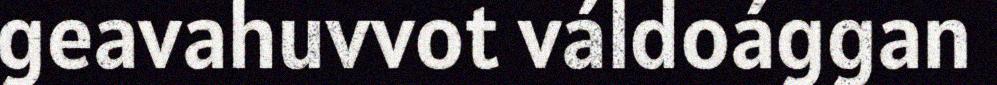
geavahuvvot váldoággan